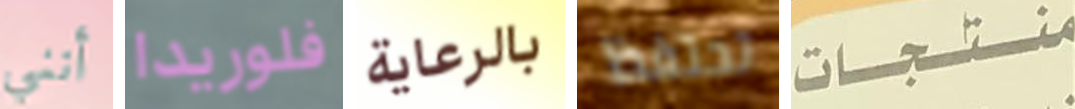
أنني فلوريدا بالرعاية تحتفظ منتجات